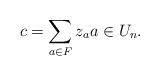
LaTeX: \begin{align*}c=\sum_{a\in F}z_aa\in U_n.\end{align*}